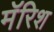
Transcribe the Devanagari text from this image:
मॅरिश